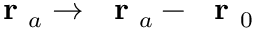
\mathrm { ~ \bf ~ r ~ } _ { a } \to \mathrm { ~ \bf ~ r ~ } _ { a } - \mathrm { ~ \bf ~ r ~ } _ { 0 }